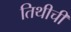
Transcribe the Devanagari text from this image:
तिथीची